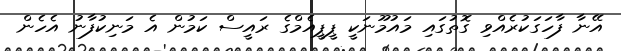
އޭނާ ފާހަގަކުރެއްވި ގޮތުގައި މައުމޫނަކީ ޕީޕީއެމްގެ ރައީސް ކަމުން އެ މަނިކުފާނު އެހެން